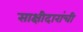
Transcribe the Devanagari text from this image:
साक्षीदारांची